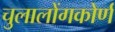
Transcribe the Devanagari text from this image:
चुलालोंगकोर्ण